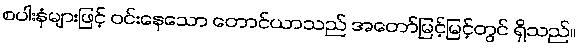
စပါးနှံများဖြင့် ဝင်းနေသော တောင်ယာသည် အတော်မြင့်မြင့်တွင် ရှိသည်။